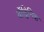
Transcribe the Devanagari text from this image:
बॉट्विनिक